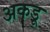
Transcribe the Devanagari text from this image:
अकडू